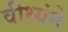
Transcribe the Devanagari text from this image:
वीथ्यंगे